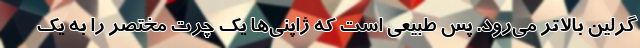
گرلین بالاتر می‌رود. پس طبیعی است که ژاپنی‌ها یک چرت مختصر را به یک